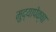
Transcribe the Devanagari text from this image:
मुद्यापेक्षा